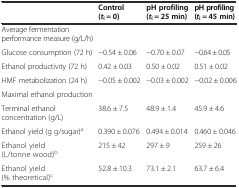
|  | Control (ti = 0) | pH profiling (ti = 25 min) | pH profiling (ti = 45 min) |
 | --- | --- | --- | --- |
 | <COLSPAN=4> Average fermentation performance measure (g/L/h) |
 | Glucose consumption (72 h) | −0.54 ± 0.06 | −0.70 ± 0.07 | −0.64 ± 0.05 |
 | Ethanol productivity (72 h) | 0.42 ± 0.03 | 0.50 ± 0.02 | 0.51 ± 0.02 |
 | HMF metabolization (24 h) | −0.05 ± 0.002 | −0.03 ± 0.002 | −0.02 ± 0.006 |
 | <COLSPAN=4> Maximal ethanol production |
 | Terminal ethanol concentration (g/L) | 38.6 ± 7.5 | 48.9 ± 1.4 | 45.9 ± 4.6 |
 | Ethanol yield (g g/sugar)a | 0.390 ± 0.076 | 0.494 ± 0.014 | 0.460 ± 0.046 |
 | Ethanol yield (L/tonne wood)b | 215 ± 42 | 297 ± 9 | 259 ± 26 |
 | Ethanol yield (% theoretical)c | 52.8 ± 10.3 | 73.1 ± 2.1 | 63.7 ± 6.4 |